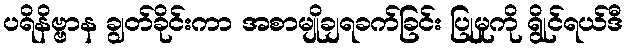
ပရိနိဗ္ဗာန ချွတ်ခိုင်းကာ အစာမျိုချရခက်ခြင်း ပြုမှုကို ရွိုင်ရယ်ဒီ